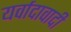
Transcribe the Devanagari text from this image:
यर्वादावादी